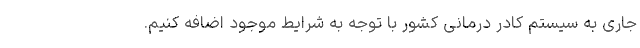
جاری به سیستم کادر درمانی کشور با توجه به شرایط موجود اضافه کنیم.